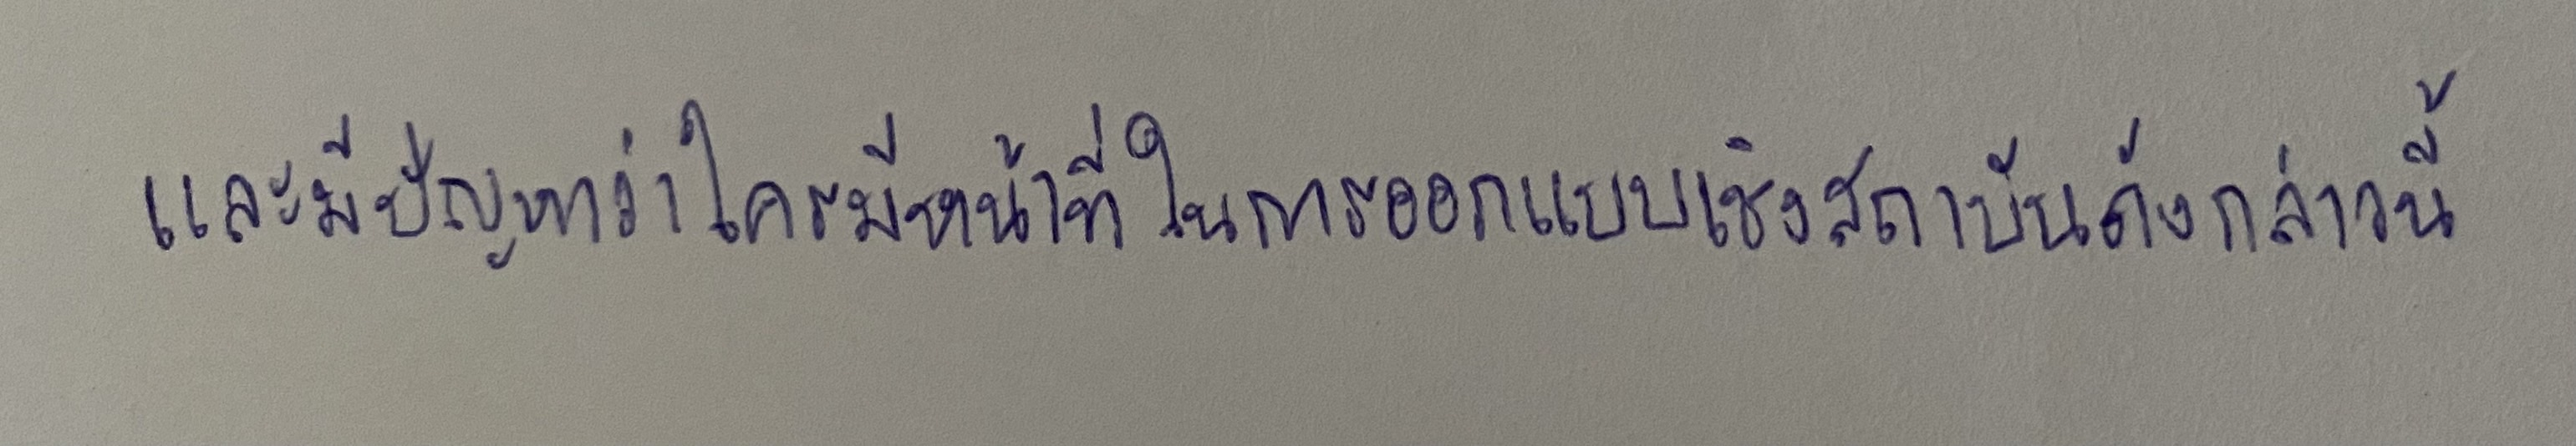
และมีปัญหาว่าใครมีหน้าที่ในการออกแบบเชิงสถาบันดังกล่าวนี้